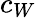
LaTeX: c_{W}